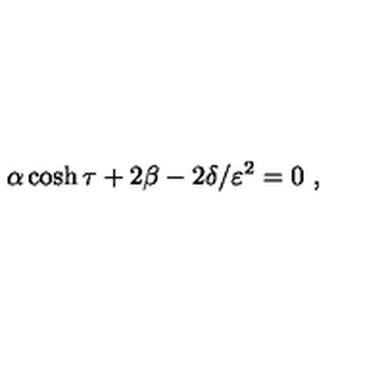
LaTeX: \alpha \cosh \tau + 2 \beta - 2 \delta / \varepsilon ^ { 2 } = 0 \ ,